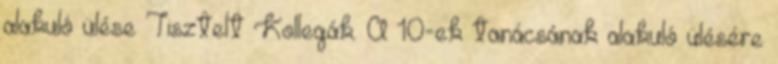
alakuló ülése Tisztelt Kollegák. A 10-ek tanácsának alakuló ülésére